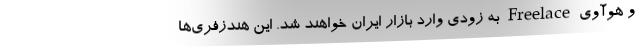
و هوآوی Freelace به زودی وارد بازار ایران خواهند شد. این هندزفری‌ها